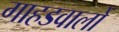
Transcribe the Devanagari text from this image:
गाहडवालों